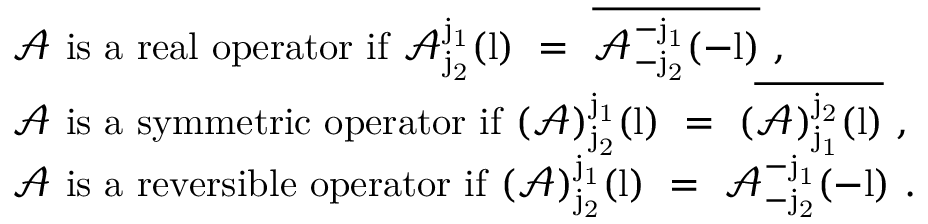
\begin{array} { r l } & { \mathrm { ~ \mathcal { A } ~ i s ~ a ~ r e a l ~ o p e r a t o r ~ i f ~ \mathcal { A } ^ { j _ 1 } _ { j _ 2 } ( l ) ~ = ~ \overline { { \mathcal { A } ^ { - j _ 1 } _ { - j _ 2 } ( - l ) } } ~ } , } \\ & { \mathrm { ~ \mathcal { A } ~ i s ~ a ~ s y m m e t r i c ~ o p e r a t o r ~ i f ~ ( \mathcal { A } ) ^ { j _ 1 } _ { j _ 2 } ( l ) ~ = ~ ( \overline { { \mathcal { A } ) ^ { j _ 2 } _ { j _ 1 } ( l ) } } ~ } , } \\ & { \mathrm { ~ \mathcal { A } ~ i s ~ a ~ r e v e r s i b l e ~ o p e r a t o r ~ i f ~ ( \mathcal { A } ) ^ { j _ 1 } _ { j _ 2 } ( l ) ~ = ~ \mathcal { A } ^ { - j _ 1 } _ { - j _ 2 } ( - l ) ~ } . } \end{array}